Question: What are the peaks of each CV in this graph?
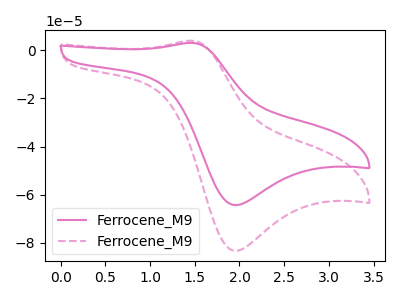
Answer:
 <answer>The pink curve "Ferrocene_M91" has an anodic peak at (1.45V, 3.05uA) and a cathodic peak at (1.95V, -64.30uA). The pink dashed curve "Ferrocene_M92" has an anodic peak at (1.45V, 4.00uA) and a cathodic peak at (1.95V, -83.25uA).</answer>
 <eval></eval>